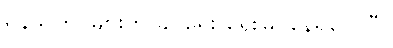
ရန်သူတပ်များကို ခပ်ရေး ရေးမြင်နေရလေပြီ။